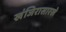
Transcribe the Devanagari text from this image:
खंजिरासारखे